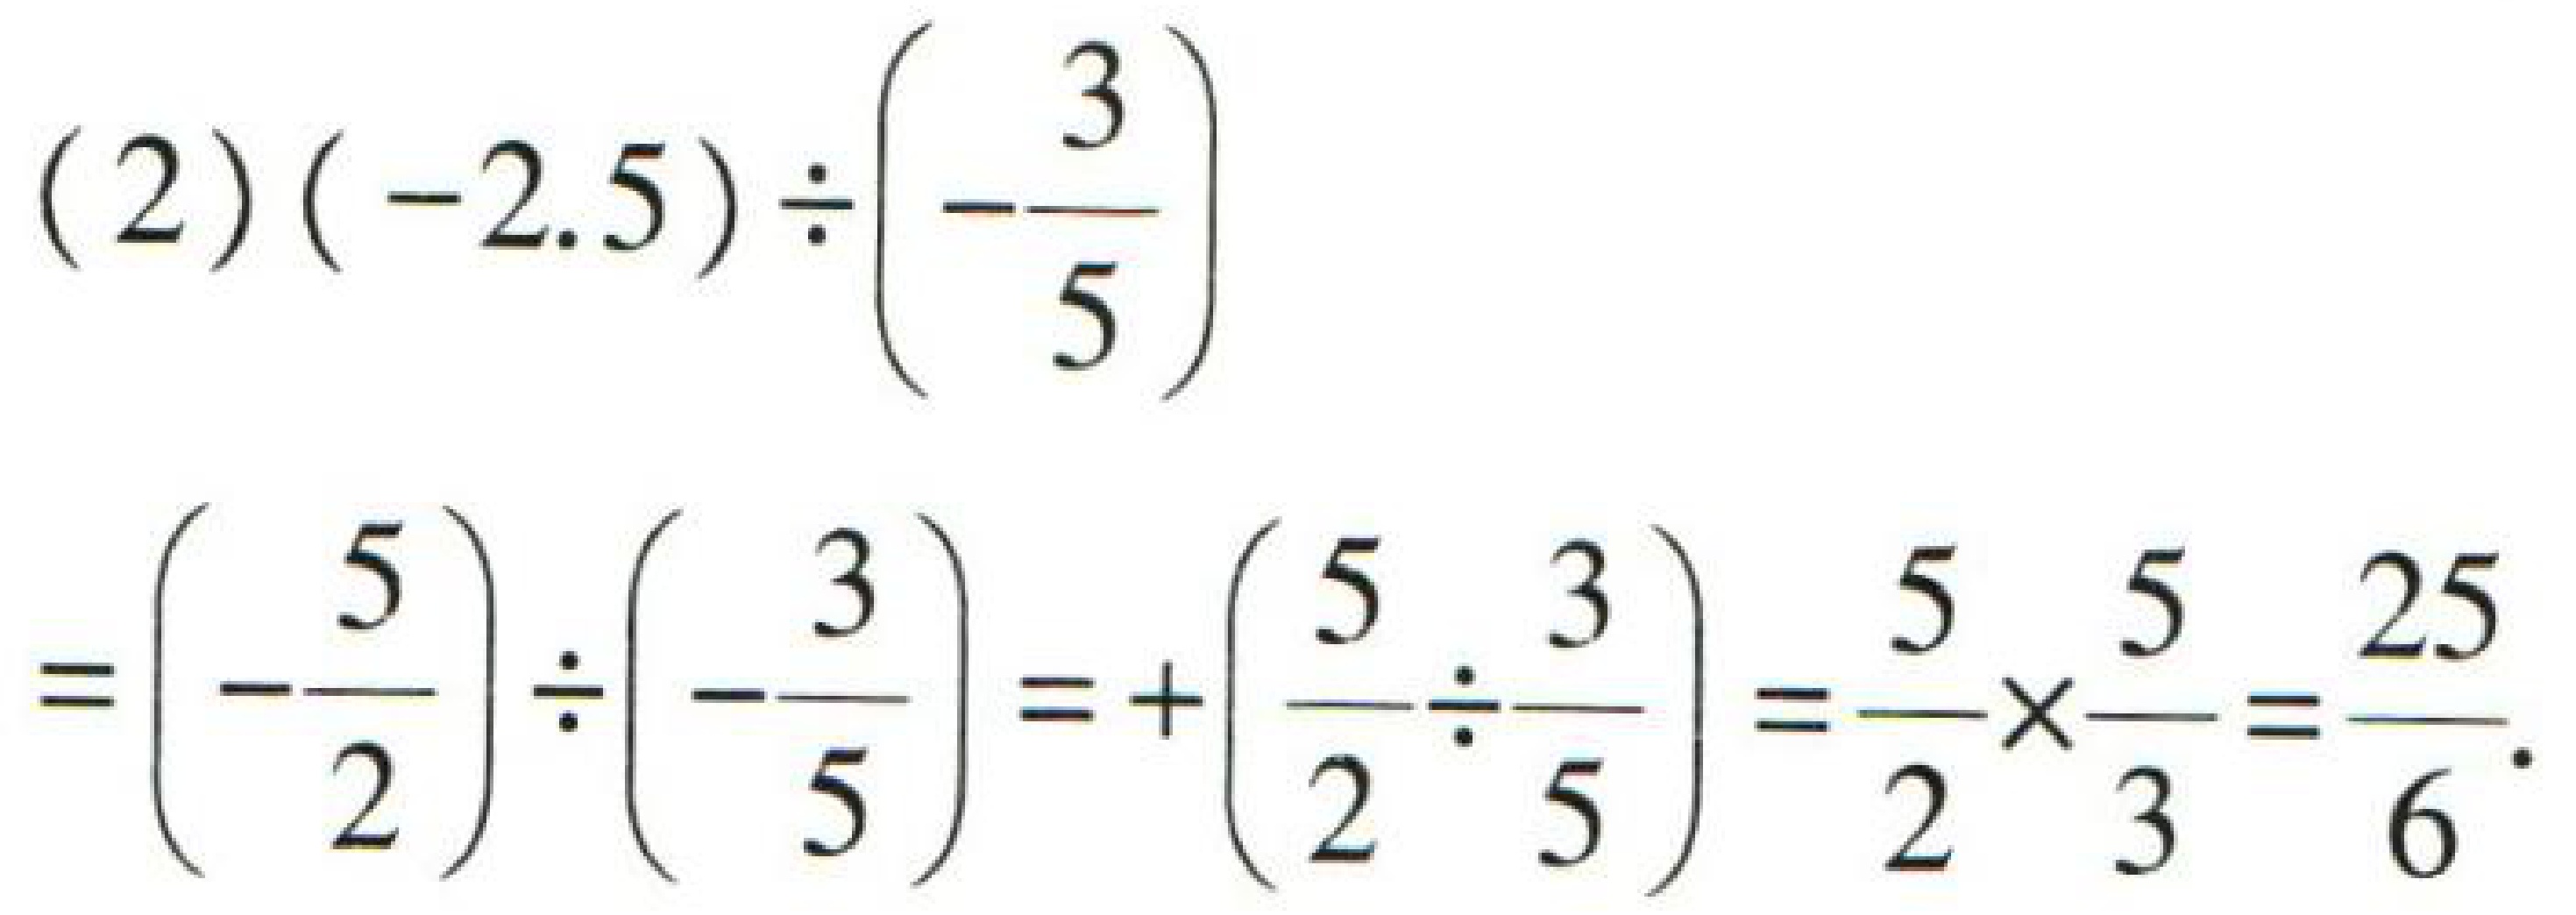
\[
\begin{align*}
&(2)( - 2.5)\div\left(-\frac{3}{5}\right)\\
=&\left(-\frac{5}{2}\right)\div\left(-\frac{3}{5}\right)=+\left(\frac{5}{2}\div\frac{3}{5}\right)=\frac{5}{2}\times\frac{5}{3}=\frac{25}{6}
\end{align*}
\]